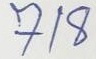
718